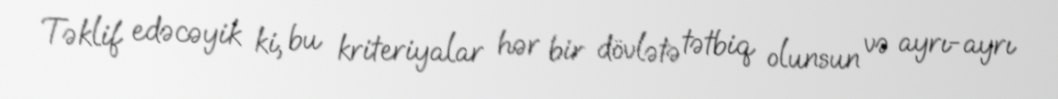
Təklif edəcəyik ki, bu kriteriyalar hər bir dövlətə tətbiq olunsun və ayrı-ayrı